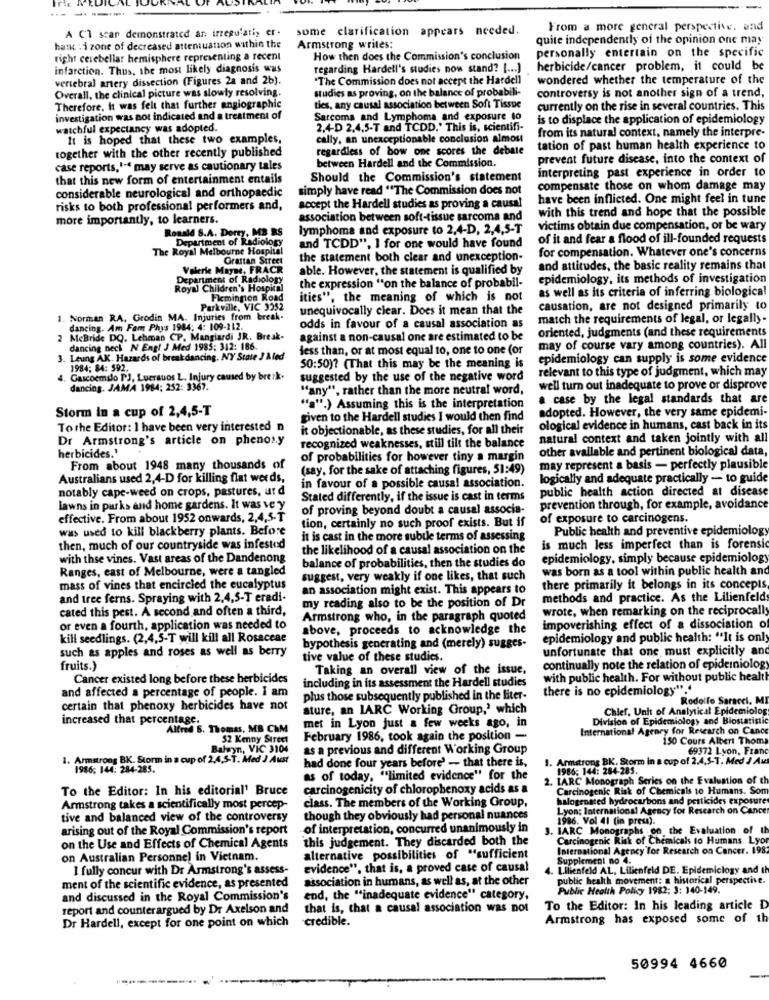
A Cl scar demonstrated an irregulari, er-
some clarification appears needed.
From a more general perspective. and
quite independently of the opinion one may
hank : 1 zone of decreased attenuation within the
Armstrong writes:
personally entertain on the specific
right cerebellar hemisphere representing a recent
How then does the Commission's conclusion
infarction. Thus, the most likely diagnosis was
regarding Hardell's studies now stand? [ ... ]
herbicide/cancer problem, it could be
vertebral artery dissection (Figures 2a and 2b).
"The Commission does not accept the Hardell
wondered whether the temperature of the
Overall, the clinical picture was slowly resolving.
studies as proving, on the balance of probabili-
controversy is not another sign of a trend,
Therefore, It was felt that further angiographic
ties, any causal association between Soft Tissue
currently on the rise in several countries. This
investigation was not indicated and a treatment of
Sarcoma and Lymphoma and exposure to
is to displace the application of epidemiology
watchful expectancy was adopted.
2,4-D 2,4,5-T and TCDD.' This is, scientifi-
It is hoped that these two examples,
cally, an unexceptionable conclusion almost
from its natural context, namely the interpre-
regardless of bow one scores the debate
tation of past human health experience to
together with the other recently published
prevent future disease, into the context of
case reports,'.ª may serve as cautionary tales
between Hardell and the Commission.
interpreting past experience in order to
that this new form of entertainment entails
Should the Commission's statement
considerable neurological and orthopaedic
simply have read "The Commission does not
compensate those on whom damage may
have been inflicted. One might feel in tune
risks to both professional performers and,
accept the Hardell studies as proving a causa!
with this trend and hope that the possible
more importantly, to learners.
association between soft-tissue sarcoma and
Ronald S.A. Dorry, MB BS
lymphoma and exposure to 2,4-D, 2,4,5-T
victims obtain due compensation, or be wary
Department of Radiolog
and TCDD", I for one would have found
of it and fear a flood of ill-founded requests
The Royal Melbourne Hospital
for compensation. Whatever one's concerns
Grattan Street
the statement both clear and unexception-
Valerie Mayae, FRACR
able. However, the statement is qualified by
and attitudes, the basic reality remains that
Department of Radiology
epidemiology, its methods of investigation
a) Children's Hospital
the expression "on the balance of probabil-
as well as its criteria of inferring biologica!
Flemington Road
ities", the meaning of which is not
Parkville, VIC 3252
unequivocally clear. Does it mean that the
causation, are not designed primarily to
1. Norman RA, Grodin MA. Injuries from break-
match the requirements of legal, or legally-
dancing. Am Fam Phys 1984: 4: 109-112.
odds in favour of a causal association as
2 McBride DQ. Lehman CP. Mangiardi JR. Break-
against a non-causal one are estimated to be
oriented, judgments (and these requirements
dancing neck N Engl J Med 1985: 312: 186.
less than, or at most equal to, one to one (or
may of course vary among countries). All
-
. Leung AK. Hazards of break dancing. NY State J Aled
epidemiology can supply is some evidence
1984; 84: 592.
50:50)? (That this may be the meaning is
relevant to this type of judgment, which may
Gascoemdo PJ, Lucrauos L. Injury caused by bre :k.
suggested by the use of the negative word
dancing. JAMA 1984; 252: 3367.
"any", rather than the more neutral word,
well turn out inadequate to prove or disprove
a case by the legal standards that are
Storm In a cup of 2,4,5-T
"a".) Assuming this is the interpretation
adopted. However, the very same epidemi-
given to the Hardell studies I would then find
To the Editor: I have been very interested n
it objectionable, as these studies, for all their
ological evidence in humans, cast back in its
Dr Armstrong's article on phenos.y
natural context and taken jointly with all
herbicides.'
recognized weaknesses, still tilt the balance
other available and pertinent biological data,
of probabilities for however tiny a margin
From about 1948 many thousands of
(say, for the sake of attaching figures, 51:49)
may represent a basis - perfectly plausible
Australians used 2,4-D for killing flat weeds,
logically and adequate practically - to guide
notably cape-weed on crops, pastures, ard
in favour of a possible causal association.
public health action directed at disease
Stated differently, if the issue is cast in terms
lawns in parks and home gardens. It was ve y
of proving beyond doubt a causal associa-
prevention through, for example, avoidance
effective. From about 1952 onwards, 2,4,5-T
tion, certainly no such proof exists. But if
of exposure to carcinogens.
was used to kill blackberry plants. Before
Public health and preventive epidemiology
it is cast in the more subtle terms of assessing
then, much of our countryside was infested
the likelihood of a causal association on the
is much less imperfect than is forensic
with thse vines. Vast areas of the Dandenong
balance of probabilities, then the studies do
epidemiology, simply because epidemiology
Ranges, east of Melbourne, were a tangled
was born as a tool within public health and
suggest, very weakly if one likes, that such
mass of vines that encircled the eucalyptus
an association might exist. This appears to
there primarily it belongs in its concepts
and tree ferns. Spraying with 2,4,5-T eradi-
my reading also to be the position of Dr
methods and practice. As the Lilienfeld
cated this pest. A second and often a third,
wrote, when remarking on the reciprocally
Armstrong who, in the paragraph quoted
or even a fourth, application was needed to
above, proceeds to acknowledge the
impoverishing effect of a dissociation of
kill seedlings. (2,4,5-T will kill all Rosaceae
epidemiology and public health: "It is only
such as apples and roses as well as berry
bypothesis generating and (merely) sugges-
unfortunate that one must explicitly an
tive value of these studies.
fruits.)
Taking an overall view of the issue,
continually note the relation of epidemiology
Cancer existed long before these herbicides
including in its assessment the Hardell studies
with public health. For without public health
and affected a percentage of people. I am
there is no epidemiology"."
plus those subsequently published in the Biter-
Rodolfo Saracci, M
certain that phenoxy herbicides have not
ature, an IARC Working Group,' which
Chief. Unit of Analytical Epidemiolog
increased that percentage.
Division of Epidemiology and Biostatistic
Alfred 5. Thomas, MB CHM
met in Lyon just a few weeks ago, in
International Agency for Research on Canc
52 Kenny Street
February 1986, took again the position -
150 Cours Albert Thom
Balsyn, VIC 3104
as a previous and different Working Group
69372 Lyon, Franc
1. Armstrong BK. Storm in a cup of 2,4,5-T. Med J Aust
had done four years before' - that there is,
1. Armstrong BK. Storm in a cup of 2.4.5-T. Med J Au
1986; 144: 284-285.
1986; 144: 284-285
as of today, ""limited evidence" for the
2. IARC Monograph Series on the Evaluation of th
To the Editor: In his editorial' Bruce
carcinogenicity of chlorophenoxy acids as a
Carcinogenic Risk of Chemicals to Humans. Som
class. The members of the Working Group,
halogenated hydrocarbons and pesticides exposure
Armstrong takes a scientifically most percep-
Lyon: International Agency for Research on Cancer
tive and balanced view of the controversy
though they obviously had personal nuances
1986. Vol 41 (in press).
arising out of the Royal Commission's report
of interpretation, concurred unanimously in
IARC Monograph
on the Evaluation of th
this judgement. They discarded both the
Carcinogenic Risk of Chemicals to Humans Lyor
on the Use and Effects of Chemical Agents
International Agency for Research on Cancer. 198
on Australian Personnel in Vietnam.
alternative possibilities of "sufficient
Supplement no 4.
I fully concur with Dr Armstrong's assess-
evidence", that is, a proved case of causal
4. Lilienfeld AL, Lilienfeld DE. Epidemiclogy and
association in humans, as well as, at the other
public health movement: a historical perspective.
ment of the scientific evidence, as presented
Public Health Policy 1982: 3: 140-149.
and discussed in the Royal Commission's
end, the "inadequate evidence" category,
report and counterargued by Dr Axelson and
that is, that a causal association was not
To the Editor: In his leading article D
Dr Hardell, except for one point on which
credible.
Armstrong has exposed some of th
50994 4660